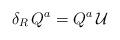
LaTeX: \begin{align*}\delta_R \, Q^a = Q^a \, \mathcal{U}\end{align*}